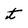
Character: t